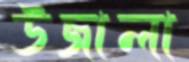
উজালা